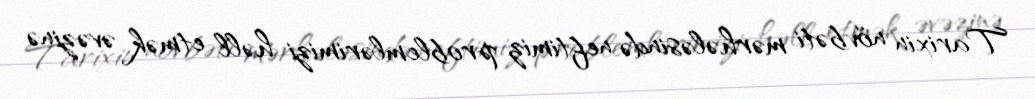
Tarixin növbəti mərhələsində neftimiz problemlərimizi həll etmək əvəzinə